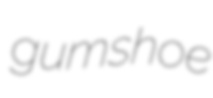
gumshoe